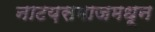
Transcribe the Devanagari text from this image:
नाटय़समाजमधून